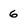
Character: 6